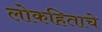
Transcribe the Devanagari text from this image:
लोकहिताचे